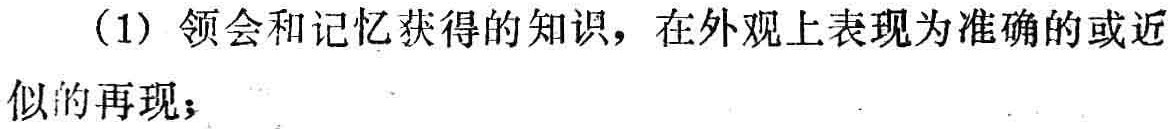
（1）领会和记忆获得的知识，在外观上表现为准确的或近似的再现；